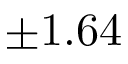
\pm 1 . 6 4